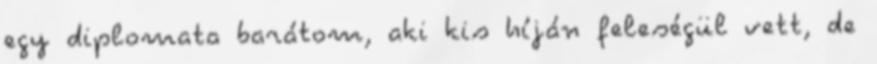
egy diplomata barátom, aki kis híján feleségül vett, de